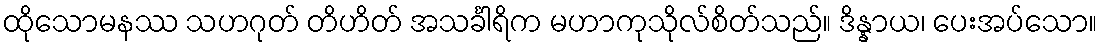
ထိုသောမနဿ သဟဂုတ် တိဟိတ် အသင်္ခါရိက မဟာကုသိုလ်စိတ်သည်။ ဒိန္နာယ၊ ပေးအပ်သော။